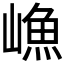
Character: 𱜊